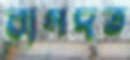
বাগদত